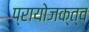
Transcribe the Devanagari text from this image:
प्रायोजक्त्व